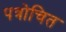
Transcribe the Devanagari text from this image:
पत्रोचित